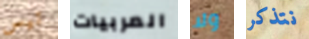
تيس المربيات ولا نتذكر